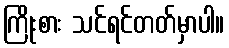
ကြိုးစား သင်ရင်တတ်မှာပါ။